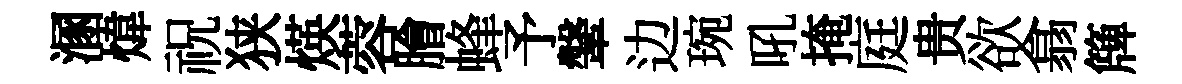
溷煒祝狭煐蓉膾蜂予鞶边琬吼掩庭贵欲翕簰